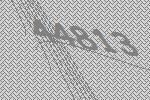
44813